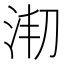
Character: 𣳱